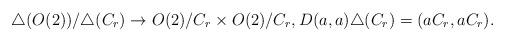
LaTeX: \begin{align*}\triangle(O(2))/\triangle(C_r) \to O(2)/C_r \times O(2)/C_r, D(a,a)\triangle(C_r)=(aC_r,aC_r).\end{align*}